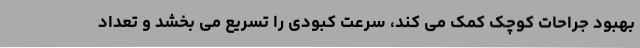
بهبود جراحات کوچک کمک می کند، سرعت کبودی را تسریع می بخشد و تعداد